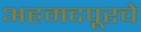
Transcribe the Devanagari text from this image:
अहमदपूरचे